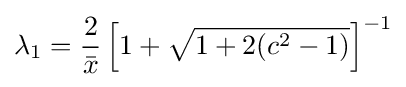
\lambda _{1}={\frac {2}{\bar {x}}}\left[1+{\sqrt {1+2(c^{2}-1)}}\right]^{-1}